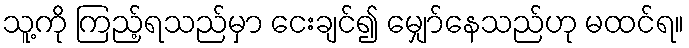
သူ့ကို ကြည့်ရသည်မှာ ငေးချင်၍ မျှော်နေသည်ဟု မထင်ရ။